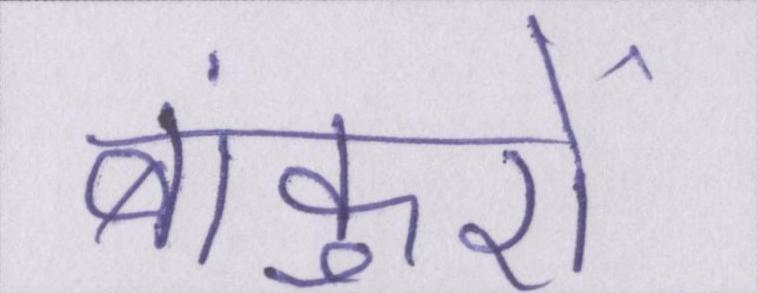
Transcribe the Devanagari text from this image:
बांकुरों